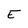
Character: E